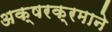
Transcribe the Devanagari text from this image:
अक्षरक्रमाने